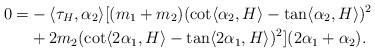
LaTeX: \begin{align*}0=&-\langle \tau_{H}, \alpha_{2}\rangle[(m_{1}+m_{2})(\cot\langle \alpha_{2}, H \rangle -\tan\langle \alpha_{2}, H \rangle )^{2}\\&+2m_{2}(\cot\langle 2\alpha_{1}, H \rangle -\tan\langle 2\alpha_{1}, H \rangle )^{2}](2\alpha_{1}+\alpha_{2}).\end{align*}